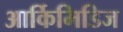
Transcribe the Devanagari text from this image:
आर्किमिडिज